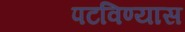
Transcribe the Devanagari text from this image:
पटविण्यास